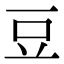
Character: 豆